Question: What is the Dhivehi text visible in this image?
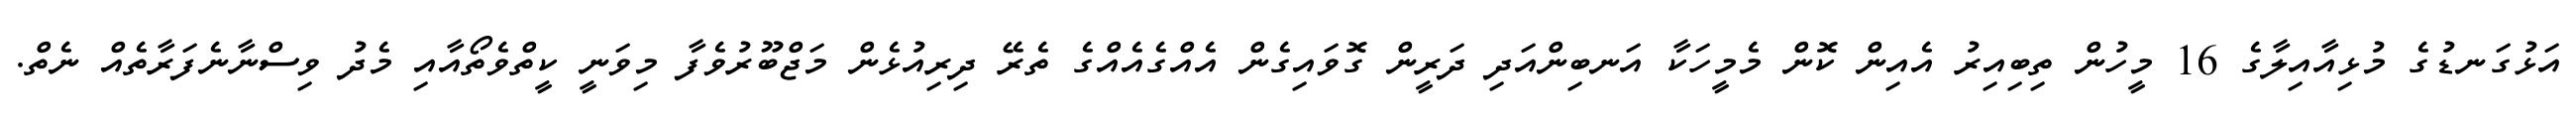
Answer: އަޅުގަނޑުގެ މުޅިއާއިލާގެ 16 މީހުން ތިބިއިރު އެއިން ކޮން މެމީހަކާ އަނބިންއަދި ދަރީން ގޮވައިގެން އެއްގެއެއްގެ ތެރޭ ދިރިއުޅެން މަޖްބޫރުވެފާ މިވަނީ ކީތްވެތޯއާއި މެދު ވިސްނާނެފަރާތެއް ނެތް.